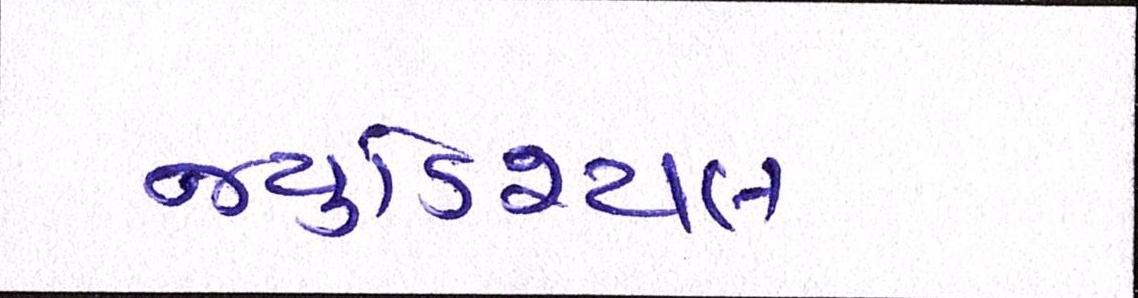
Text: જ્યુડિશ્યલ